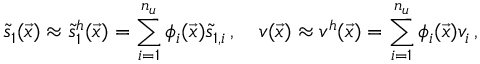
\tilde { s } _ { 1 } ( \vec { x } ) \approx \tilde { s } _ { 1 } ^ { h } ( \vec { x } ) = \sum _ { i = 1 } ^ { n _ { u } } \phi _ { i } ( \vec { x } ) \tilde { s } _ { 1 , i } \, , \quad v ( \vec { x } ) \approx v ^ { h } ( \vec { x } ) = \sum _ { i = 1 } ^ { n _ { u } } \phi _ { i } ( \vec { x } ) v _ { i } \, ,